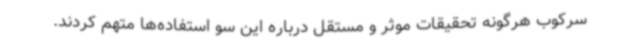
سرکوب هرگونه تحقیقات موثر و مستقل درباره این سو استفاده‌ها متهم کردند.